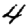
Digit: 4